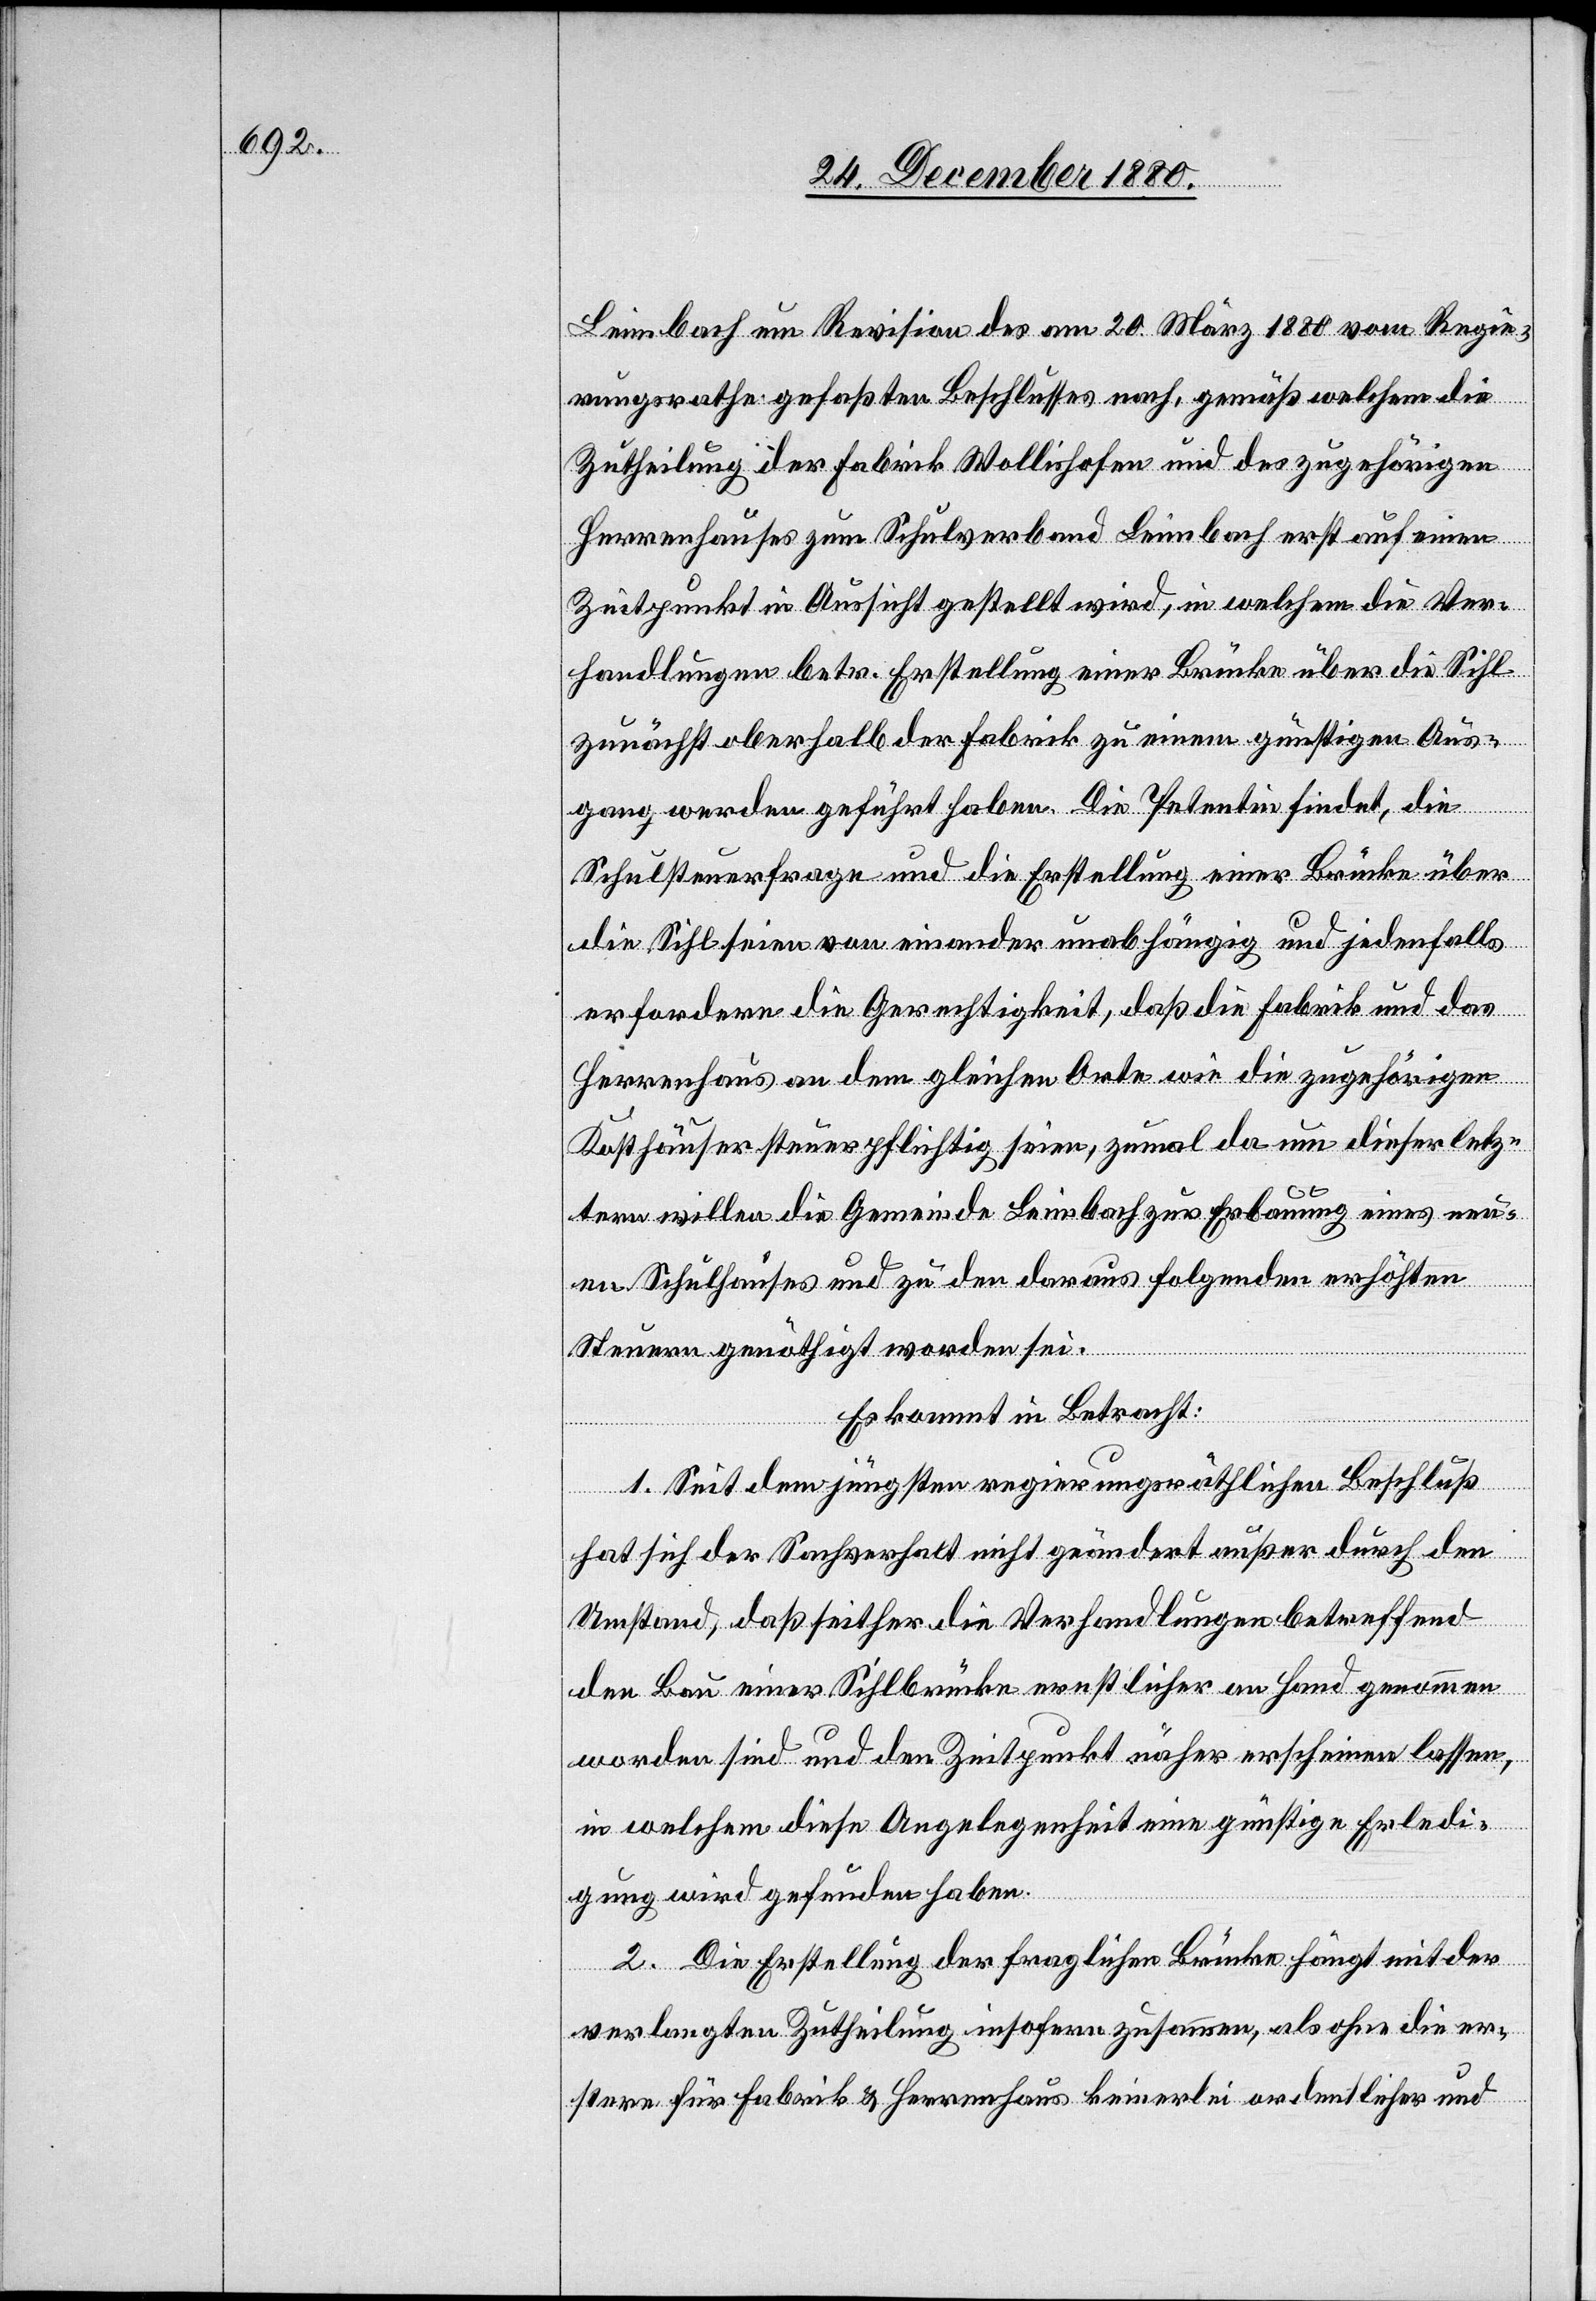
Leimbach um Revision des am 20. März 1880 vom Regie¬
rungsrathe gefaßten Beschlusses nach, gemäß welchem die
Zutheilung der Fabrik Wollishofen und des zugehörigen
Herrenhauses zum Schulverband Leimbach erst auf einen
Zeitpunkt in Aussicht gestellt wird, in welchem die Ver¬
handlungen betr. Erstellung einer Brücke über die Sihl
zunächst oberhalb der Fabrik zu einem günstigen Aus¬
gang werden geführt haben. Die Petentin findet, die
Schulsteuerfrage und die Erstellung einer Brücke über
die Sihl seien von einander unabhängig und jedenfalls
erfordere die Gerechtigkeit, daß die Fabrik und das
Herrenhaus an dem gleichen Orte wie die zugehörigen
Kosthäuser steuerpflichtig seien, zumal da um dieser letz¬
tern Willen die Gemeinde Leimbach zur Erbauung eines neu¬
en Schulhauses und zu den daraus folgenden erhöhten
Steuern genöthigt worden sei.
Es kommt in Betracht:
1. Seit dem jüngsten regierungsräthlichen Beschluß
hat sich der Sachverhalt nicht geändert außer durch den
Umstand, daß seither die Verhandlungen betreffend
den Bau einer Sihlbrücke ernstlicher an Hand genommen
worden sind und den Zeitpunkt näher erscheinen lassen,
in welchem diese Angelegenheit eine günstige Erledi¬
gung wird gefunden haben.
2. Die Erstellung der fraglichen Brücke hängt mit der
verlangten Zutheilung insofern zusammen, als ohne die er¬
stere für Fabrik & Herrenhaus keinerlei ordentlicher und